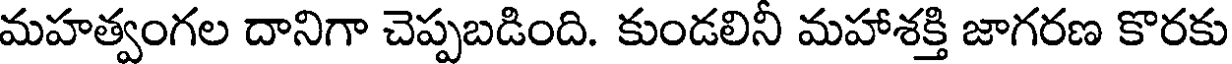
మహత్వంగల దానిగా చెప్పబడింది. కుండలినీ మహాశక్తి జాగరణ కొరకు